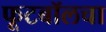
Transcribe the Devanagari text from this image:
फूटबॉलचा